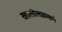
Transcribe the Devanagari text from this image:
खालीलप्रामाणे